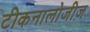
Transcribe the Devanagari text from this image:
टीकनालोजीज़